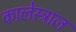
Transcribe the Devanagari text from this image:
कालेस्ट्राल